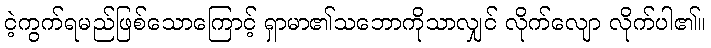
ငဲ့ကွက်ရမည်ဖြစ်သောကြောင့် ရှာမာ၏သဘောကိုသာလျှင် လိုက်လျော လိုက်ပါ၏။